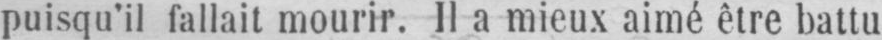
puisqu’il fallait mourir. Il a mieux aimé être battu